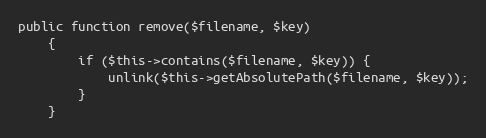
Language: PHP
public function remove($filename, $key)
    {
        if ($this->contains($filename, $key)) {
            unlink($this->getAbsolutePath($filename, $key));
        }
    }